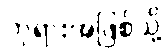
ဘုရားအဖြစ်သို့